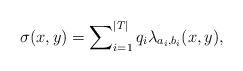
LaTeX: \begin{align*} \sigma(x,y)=\sum\nolimits_{i=1}^{|T|} q_i\lambda_{a_i, b_i}(x,y),\end{align*}